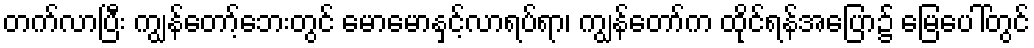
တက်လာပြီး ကျွန်တော့်ဘေးတွင် မောမောနှင့်လာရပ်ရာ၊ ကျွန်တော်က ထိုင်ရန်အပြော၌ မြေပေါ်တွင်